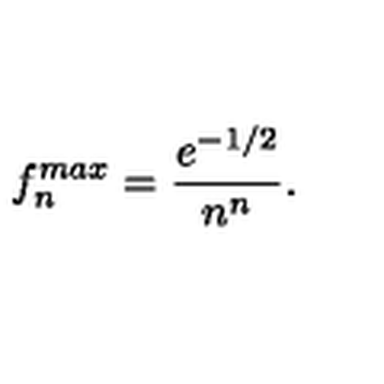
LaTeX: f _ { n } ^ { m a x } = { \frac { e ^ { - { 1 / 2 } } } { n ^ { n } } } .